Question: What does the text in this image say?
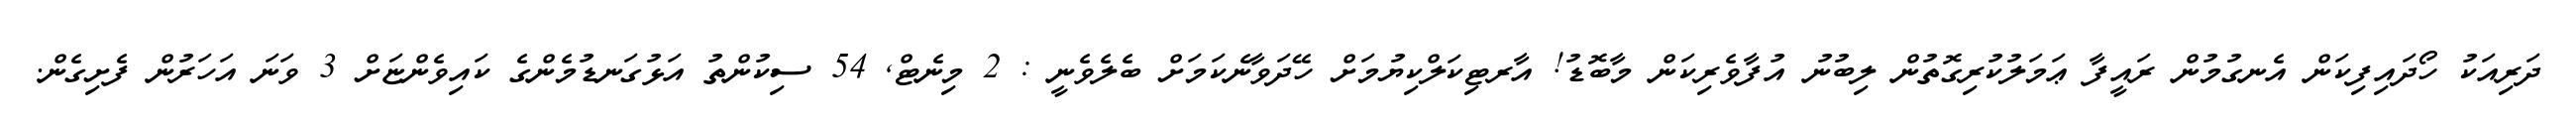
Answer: ދަރިއަކު ހޯދައިފިކަން އެނގުމުން ރައީފާ ޢަމަލުކުރިގޮތުން ލިބުނު އުފާވެރިކަން މާބޮޑު! އާރޓިކަލްކިޔުމަށް ހޭދަވާނެކަމަށް ބެލެވެނީ : 2 މިނެޓް, 54 ސިކުންތު އަޅުގަނޑުމެންގެ ކައިވެންޏަށް 3 ވަނަ އަހަރުން ފެށިގެން.